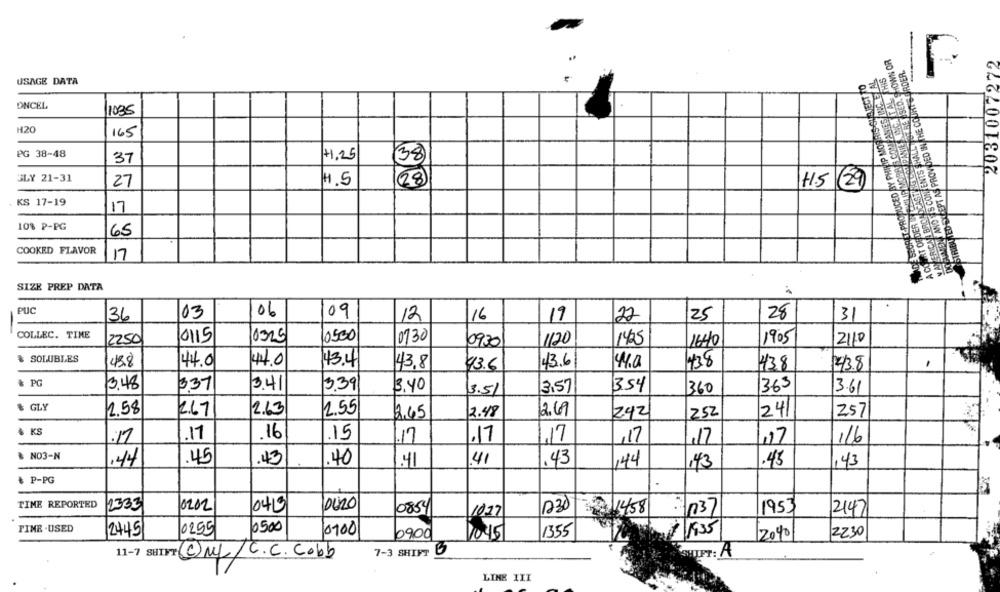
MANENT ANDITS CONTENTS SHALL NOT BE USED. SHOWN OR
2031007272
ISTRIBUTED EXCEPT AS PROVIDED IN THE COURTS ORDER.
THIS
ARCONAMES WIC ELAL
USAGE DATA
RET-PRODUCED BY PHILIP MORRIS STAVJECT TO
DNCEL
1035
H20
165
PG 38-48
37
+1,25
38
SLY 21-31
27
4.5
28
H.5 (29)
KS 17-19
WANY ERICA BRICK
17
108 P-PG
65
COOKED FLAVOR
17
SIZE PREP DATA
PUC
06
36
03
09
12
16
19
22
25
28
31
COLLEC. TIME
0500
2250
0115
10325
0730
0930
1120
1425
1640
1905
2110
-
& SOLUBLES
43.8
44.0
44.0
43.4
43.8
43.6
4.0
438
143.8
43.6
438
& PG
3.48
337
3.41
3.39
3.40
3.57
354
360
1363
3.61
3.51
& GLY
2.58
2.67
2.63
2.55
2.48
2.69
242
252
241
257
2.45
à KS
.17
.16
.15
.17
17
.17
17
,17
17
117
1/6
& NO3-N
.45
.43
.40
41
144
.41
.43
144
143
.45
,43
& P-PG
TIME REPORTED
2333
0202
0419
OURO
1230
0854
10.27
1458
1953
2147
FINE .USED
2445
0255
0500
0100
1355
1935
0900
1045
2040
2230
11-7 SHIFT @ML/C.C.Cobb
7-3 SHIFT
B
HIPT: A
LINE III